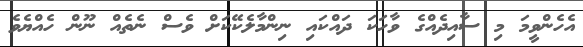
އެހެންވީމަ މި ސާއިދެއްގެ ވާހަކަ ދައްކައި ނިންމާލެކޭކަށް ވެސް ނެތެއް ނޫން ހެއްޔެވެ